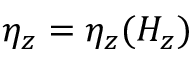
\eta _ { z } = \eta _ { z } ( H _ { z } )